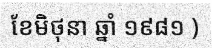
ខែមិថុនា ឆ្នាំ ១៩៨១ )